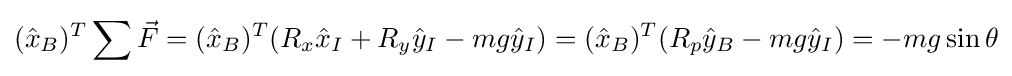
({\hat {x}}_{B})^{T}\sum {\vec {F}}=({\hat {x}}_{B})^{T}(R_{x}{\hat {x}}_{I}+R_{y}{\hat {y}}_{I}-mg{\hat {y}}_{I})=({\hat {x}}_{B})^{T}(R_{p}{\hat {y}}_{B}-mg{\hat {y}}_{I})=-mg\sin \theta